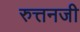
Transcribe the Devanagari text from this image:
रुत्तनजी